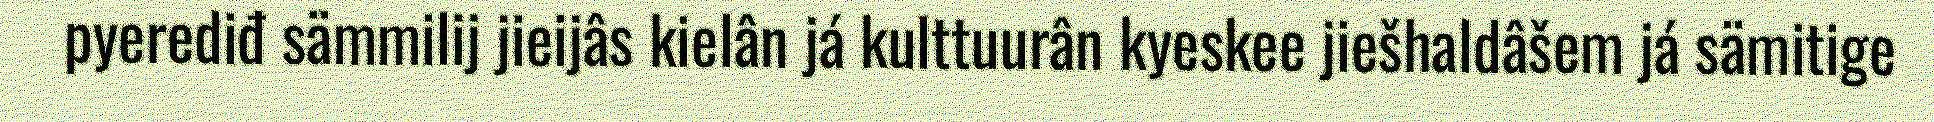
pyerediđ sämmilij jieijâs kielân já kulttuurân kyeskee jiešhaldâšem já sämitige